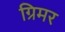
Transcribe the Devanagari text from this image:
ग्रिमर